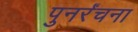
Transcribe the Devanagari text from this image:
पुनर्रंचना